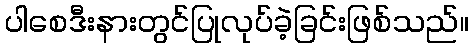
ပါစေဒီးနားတွင်ပြုလုပ်ခဲ့ခြင်းဖြစ်သည်။